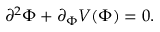
\partial ^ { 2 } \Phi + \partial _ { \Phi } V ( \Phi ) = 0 .